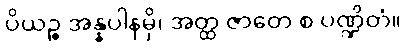
ပိယဉ္စ အန္နပါနမှိ၊ အတ္ထ ဇာတေ စ ပဏ္ဍိတံ။